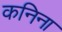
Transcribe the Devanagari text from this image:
कनिना